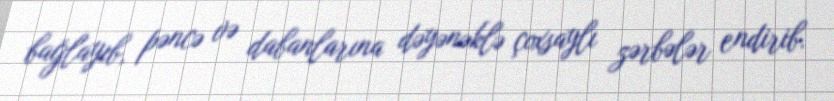
bağlayıb, pəncə və dabanlarına dəyənəklə çoxsaylı zərbələr endirib.